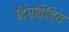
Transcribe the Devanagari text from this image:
दिग्विजिय